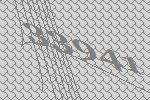
33941